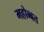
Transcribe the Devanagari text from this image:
महोब्बत